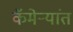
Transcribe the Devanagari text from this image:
कॅमेर्‍यांत